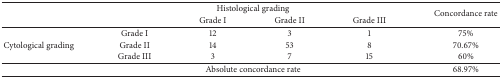
<table><thead><tr><td><b> </b></td><td colspan="4"><b>Histological grading</b></td><td rowspan="2"><b>Concordance rate</b></td></tr><tr><td><b> </b></td><td><b> </b></td><td><b>Grade I</b></td><td><b>Grade II</b></td><td><b>Grade III</b></td></tr></thead><tbody><tr><td rowspan="3">Cytological grading</td><td>Grade I</td><td>12</td><td>3</td><td>1</td><td>75%</td></tr><tr><td>Grade II</td><td>14</td><td>53</td><td>8</td><td>70.67%</td></tr><tr><td>Grade III</td><td>3</td><td>7</td><td>15</td><td>60%</td></tr><tr><td> </td><td colspan="4">Absolute concordance rate</td><td>68.97%</td></tr></tbody></table>